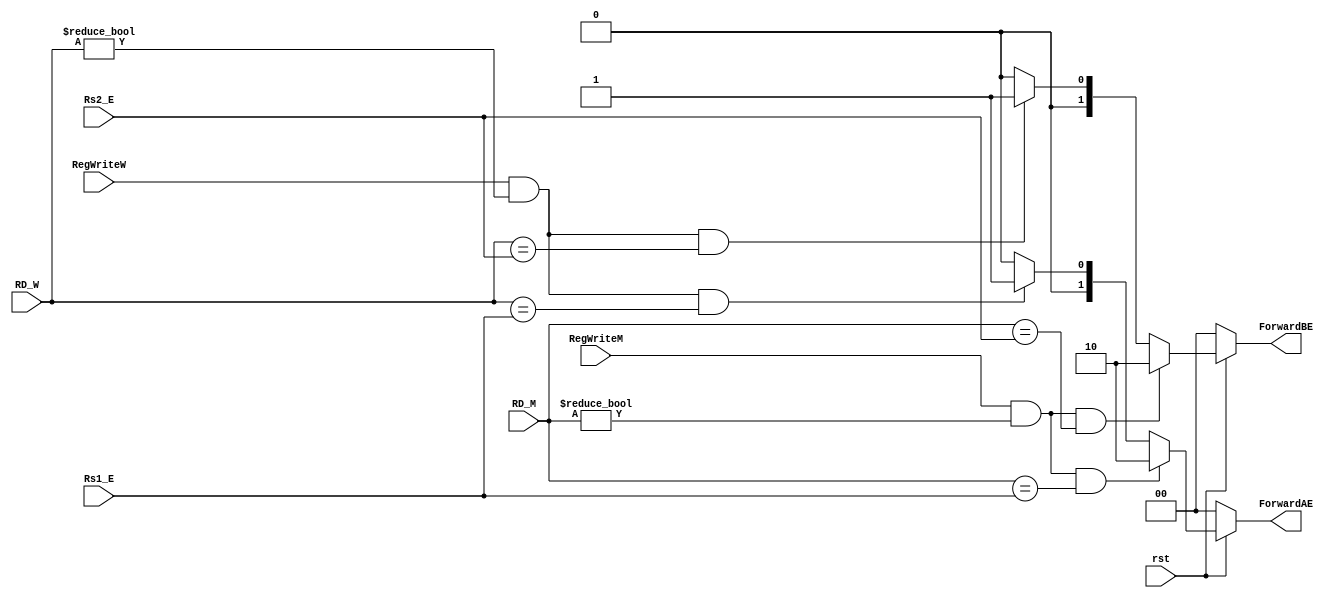
// Copyright 2023 MERL-DSU

//    Licensed under the Apache License, Version 2.0 (the "License");
//    you may not use this file except in compliance with the License.
//    You may obtain a copy of the License at

//        http://www.apache.org/licenses/LICENSE-2.0

//    Unless required by applicable law or agreed to in writing, software
//    distributed under the License is distributed on an "AS IS" BASIS,
//    WITHOUT WARRANTIES OR CONDITIONS OF ANY KIND, either express or implied.
//    See the License for the specific language governing permissions and
//    limitations under the License.

module hazard_unit(rst, RegWriteM, RegWriteW, RD_M, RD_W, Rs1_E, Rs2_E, ForwardAE, ForwardBE);

    // Declaration of I/Os
    input rst, RegWriteM, RegWriteW;
    input [4:0] RD_M, RD_W, Rs1_E, Rs2_E;
    output [1:0] ForwardAE, ForwardBE;
    
    assign ForwardAE = (rst == 1'b0) ? 2'b00 : 
                       ((RegWriteM == 1'b1) & (RD_M != 5'h00) & (RD_M == Rs1_E)) ? 2'b10 :
                       ((RegWriteW == 1'b1) & (RD_W != 5'h00) & (RD_W == Rs1_E)) ? 2'b01 : 2'b00;
                       
    assign ForwardBE = (rst == 1'b0) ? 2'b00 : 
                       ((RegWriteM == 1'b1) & (RD_M != 5'h00) & (RD_M == Rs2_E)) ? 2'b10 :
                       ((RegWriteW == 1'b1) & (RD_W != 5'h00) & (RD_W == Rs2_E)) ? 2'b01 : 2'b00;

endmodule